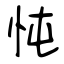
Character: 忳